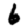
Digit: 6